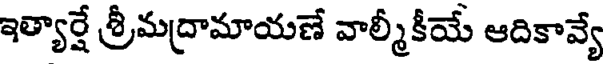
ఇత్యార్షే శ్రీమద్రామాయణే వాల్మీకీయే ఆదికావ్యే